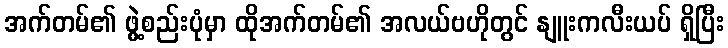
အက်တမ်၏ ဖွဲ့စည်းပုံမှာ ထိုအက်တမ်၏ အလယ်ဗဟိုတွင် နျူးကလီးယပ် ရှိပြီး